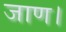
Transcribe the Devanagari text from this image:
जाण।